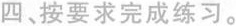
四、按要求完成练习。